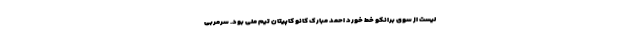
لیست از سوی برانکو خط خورد احمد مبارک کانو کاپیتان تیم ملی بود. سرمربی